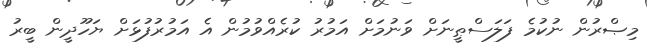
މިޞްރުން ނުކުމެ ފަލަސްޠީނަށް ވަނުމަށް އަމުރު ކުރެއްވުމުން އެ އަމުރުފުޅަށް ޔަހޫދީން ބީރު